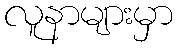
လူနာများမှာ